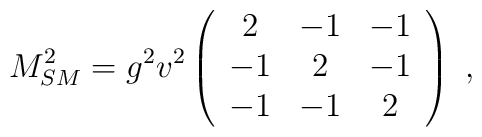
M_{SM}^2 =g^2 v^2 \left(\begin{array}{ccc}    2 & -1 & -1  \\     -1 & 2 & -1 \\     -1 & -1 & 2 \\  \end{array} \right)~,~\,